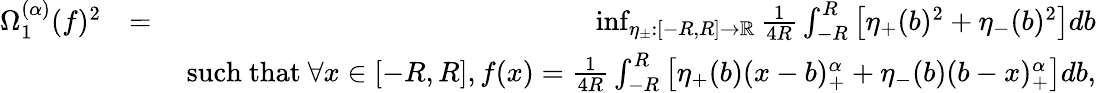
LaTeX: \begin{array}{rlr}{\Omega_{1}^{(\alpha)}(f)^{2}}&{=}&{\operatorname*{inf}_{\eta_{\pm}:[-R,R]\to\mathbb{{R}}}\frac{1}{4R}\int_{-R}^{R}\big[\eta_{+}(b)^{2}+\eta_{-}(b)^{2}\big]db}\\ &{}&{\mathrm{~such~that~}\forall x\in[-R,R],f(x)=\frac{1}{4R}\int_{-R}^{R}\big[\eta_{+}(b)(x-b)_{+}^{\alpha}+\eta_{-}(b)(b-x)_{+}^{\alpha}\big]db,}\end{array}